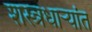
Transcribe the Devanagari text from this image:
शस्त्रधार्‍यांत